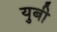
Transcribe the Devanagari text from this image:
युबी